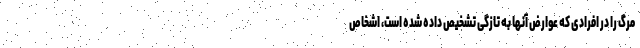
مرگ را در افرادی که عوارض آنها به ‌تازگی تشخیص داده شده است، اشخاص